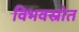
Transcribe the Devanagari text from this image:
विभवस्रोत